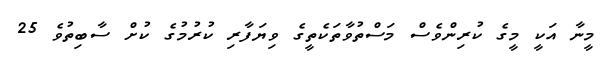
މީނާ އަކީ މީގެ ކުރިންވެސް މަސްތުވާތަކެތީގެ ވިޔަފާރި ކުރުމުގެ ކުށް ސާބިތުވެ 25